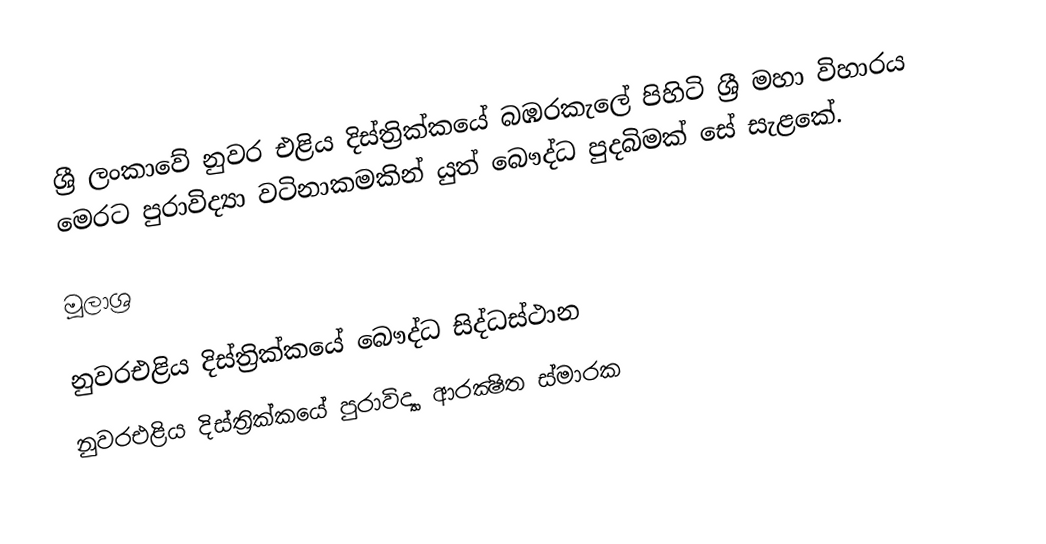
ශ්‍රී ලංකාවේ නුවර එළිය දිස්ත්‍රික්කයේ බඹරකැලේ පිහිටි ශ්‍රී මහා විහාරය මෙරට පුරාවිද්‍යා වටිනාකමකින් යුත් බෞද්ධ පුදබිමක් සේ සැළකේ.

මූලාශ්‍ර

නුවරඑළිය දිස්ත්‍රික්කයේ බෞද්ධ සිද්ධස්ථාන
නුවරඑළිය දිස්ත්‍රික්කයේ පුරාවිද්‍යා ආරක්‍ෂිත ස්මාරක